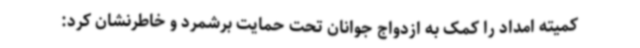
کمیته امداد را کمک به ازدواج جوانان تحت حمایت برشمرد و خاطرنشان کرد: